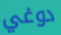
دوغي